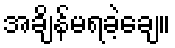
အချိန်မရခဲ့ချေ။